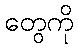
တွေကို